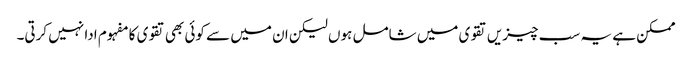
ممکن ہے یہ سب چیزیں تقوی میں شامل ہوں لیکن ان میں سے کوئی بھی تقوی کا مفہوم ادا نہیں کرتی۔